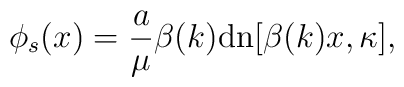
\phi_s(x) = \frac{a}{\mu} \beta(k) \mbox{dn}[\beta(k) x, \kappa],